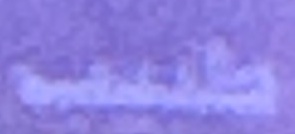
طبيب